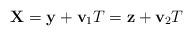
LaTeX: \begin{align*}{\bf X}={\bf y}+{\bf v}_{1}T={\bf z}+{\bf v}_{2}T \end{align*}